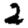
Digit: 2